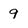
Character: 9